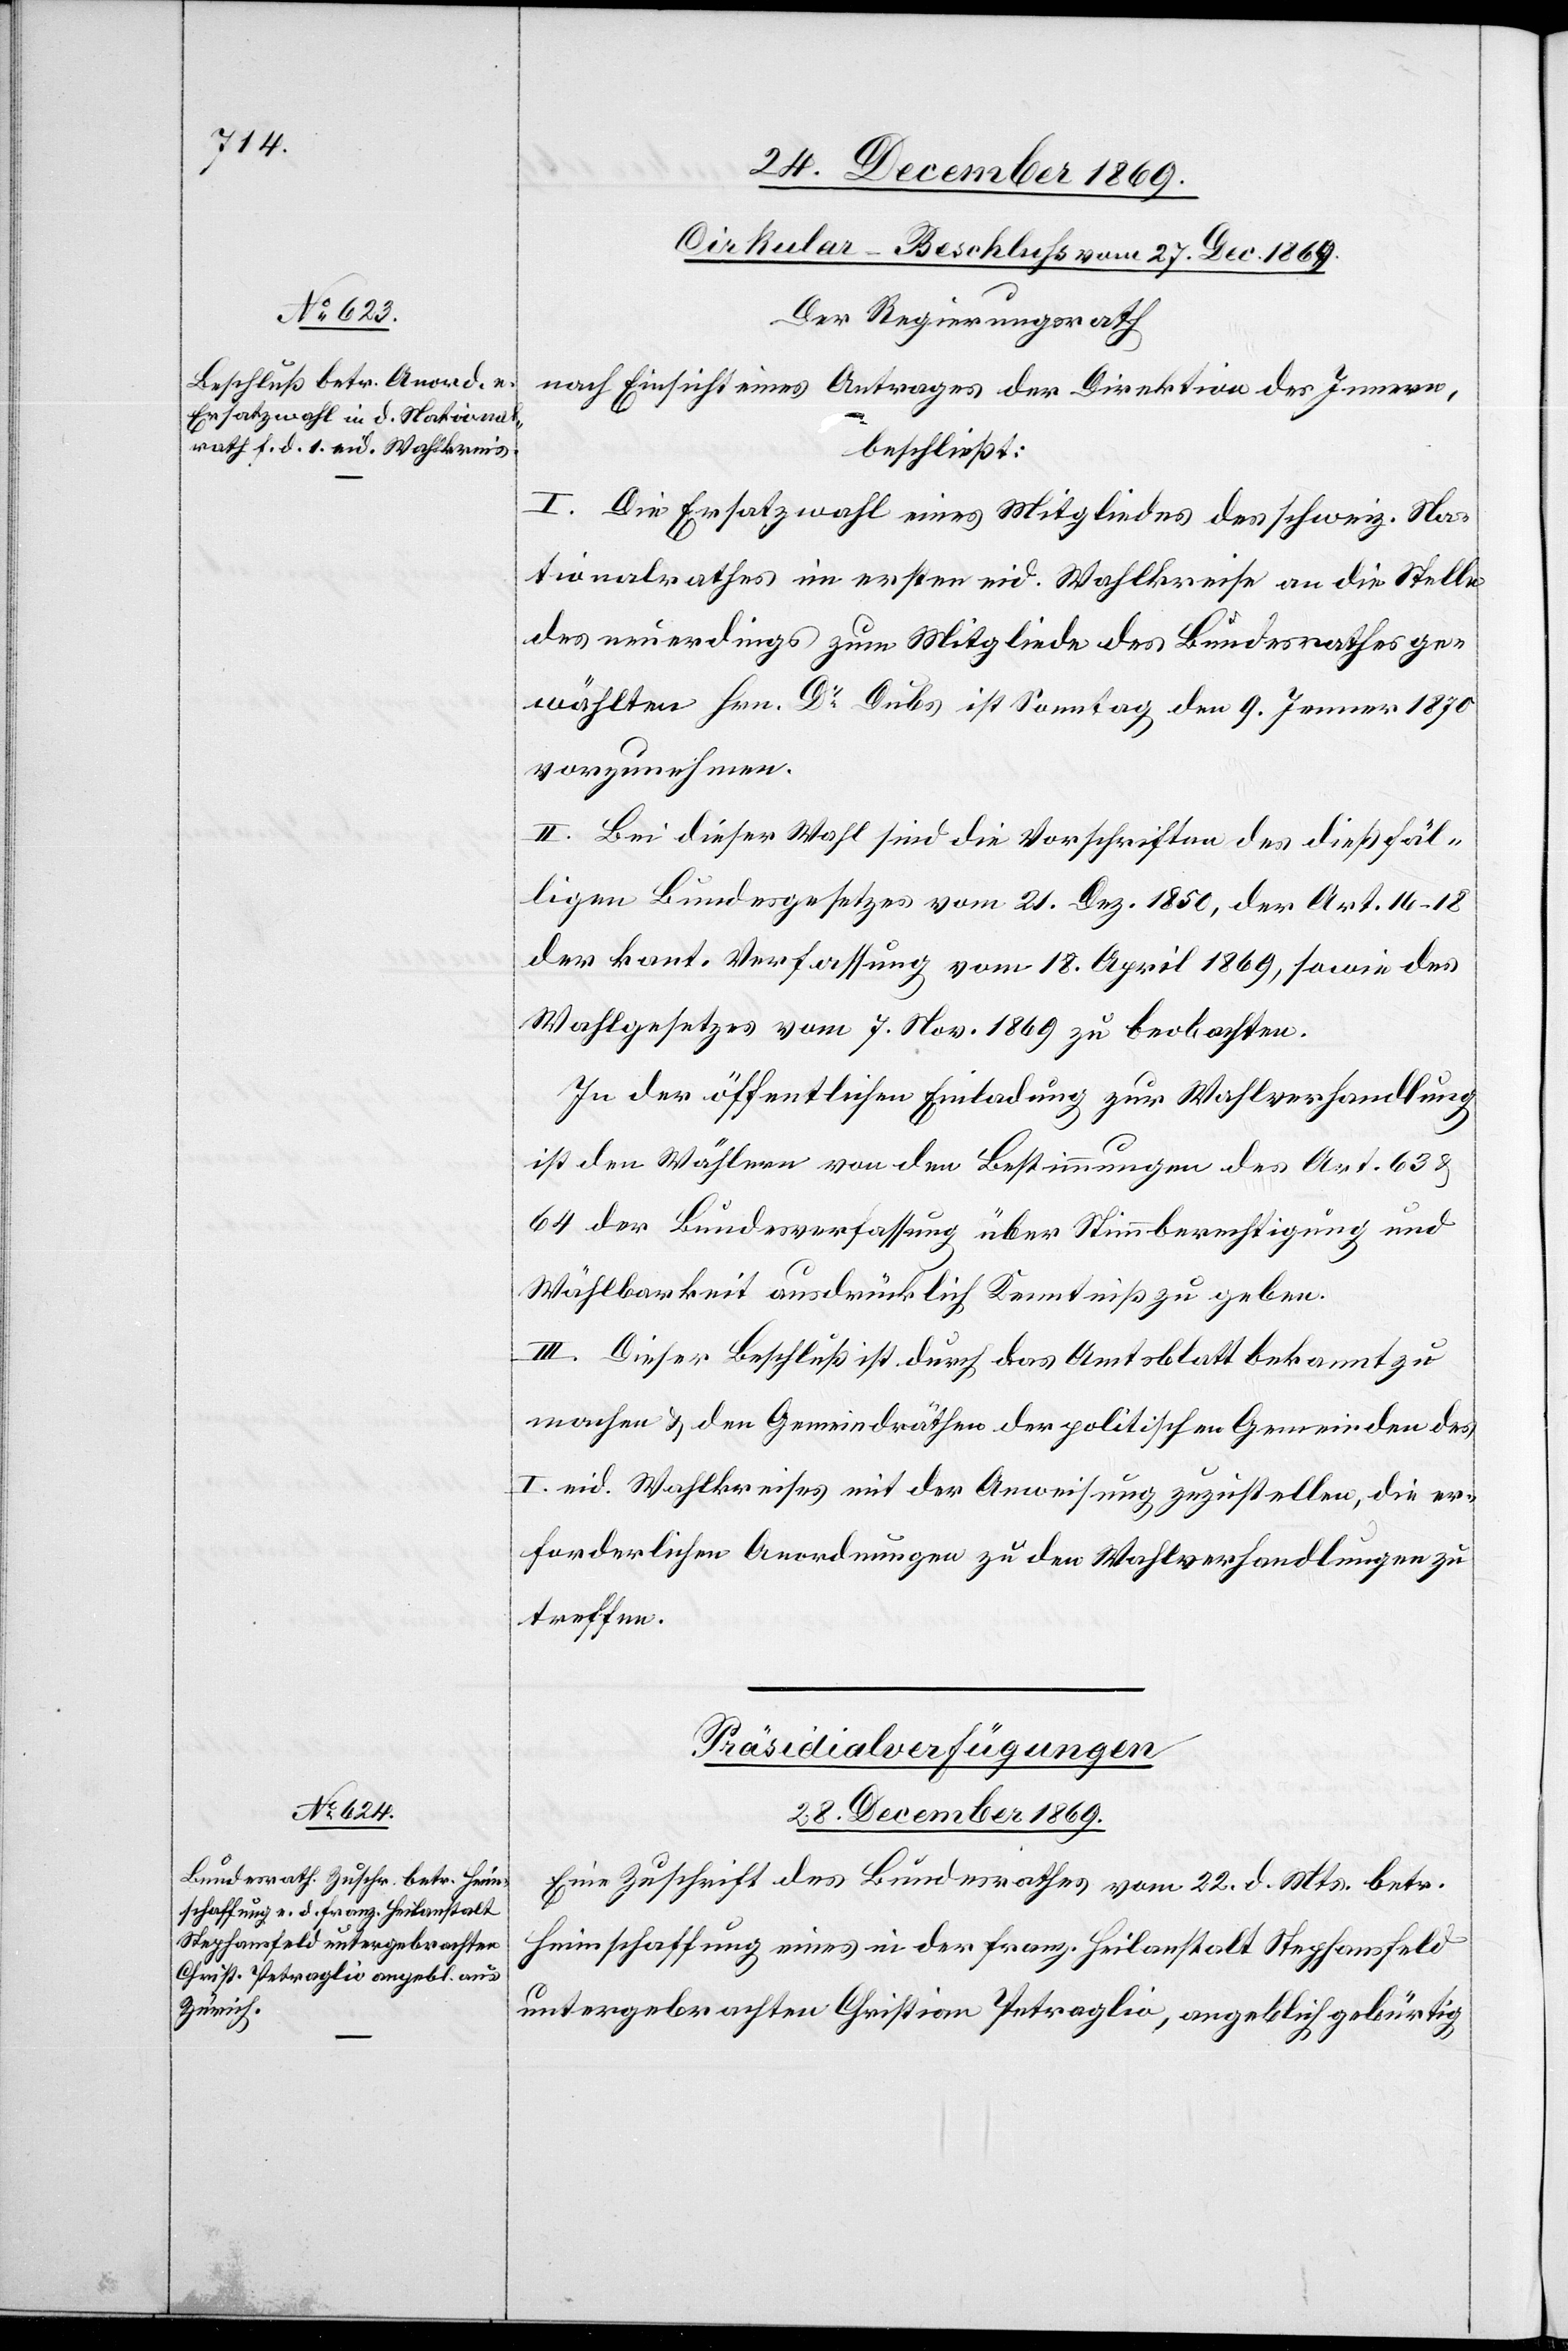
Cirkular-Beschluss vom 27. Dec. 1869.
Der Regierungsrath
nach Einsicht eines Antrages der Direktion des Innern,
beschließt:
I. Die Ersatzwahl eines Mitgliedes des schweiz. Na¬
tionalrathes im ersten eid. Wahlkreise an die Stelle
des neuerdings zum Mitgliede des Bundesrathes ge¬
wählten Hrn. Dr Dubs ist Sonntag den 9. Jenner 1870
vorzunehmen.
II. Bei dieser Wahl sind die Vorschriften des dießfäl¬
ligen Bundesgesetzes vom 21. Dez. 1850, der Art. 16–18
der kant. Verfassung vom 18. April 1869, sowie des
Wahlgesetzes vom 7. Nov. 1869 zu beobachten.
In der öffentlichen Einladung zur Wahlverhandlung
ist den Wählern von den Bestimmungen des Art. 63 &
64 der Bundesverfassung über Stimmberechtigung und
Wählbarkeit ausdrücklich Kenntniß zu geben.
III. Dieser Beschluß ist durch das Amtsblatt bekannt zu
machen & den Gemeindräthen der politischen Gemeinden des
I. eid. Wahlkreises mit der Anweisung zuzustellen, die er¬
forderlichen Anordnungen zu den Wahlverhandlungen zu
treffen.
Präsidialverfügungen
28. December 1869.
Eine Zuschrift des Bundesrathes vom 22. d. Mts. betr.
Heimschaffung eines in der franz. Heilanstalt Stephansfeld
untergebrachten Christian Petraglio, angeblich gebürtig